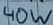
Text: 40W